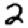
Digit: 2